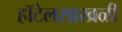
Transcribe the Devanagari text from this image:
हॉटेलसाखळी